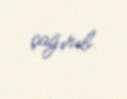
çağırıb.